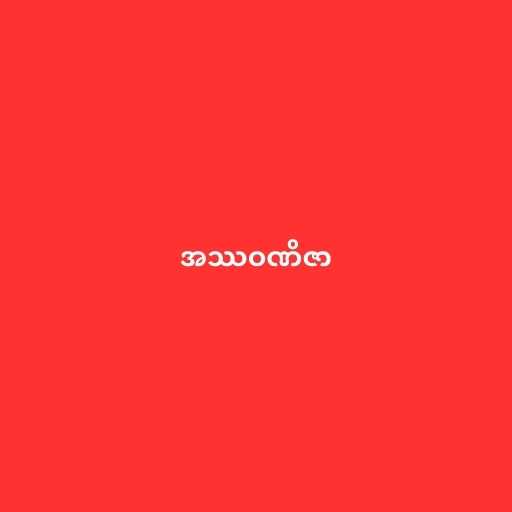
အဿဝဏိဇာ